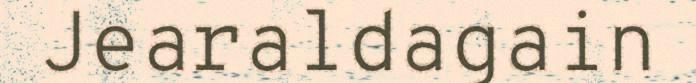
Jearaldagain